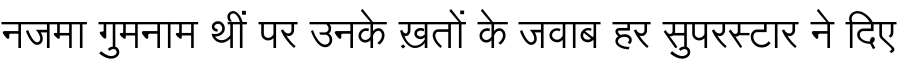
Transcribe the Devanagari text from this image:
नजमा गुमनाम थीं पर उनके ख़तों के जवाब हर सुपरस्टार ने दिए